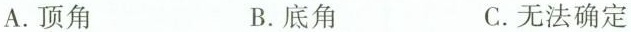
A.顶角 B.底角 C.无法确定